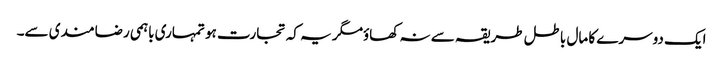
ایک دوسرے کا مال باطل طریقہ سے نہ کھاؤمگر یہ کہ تجارت ہو تمہاری باہمی رضامندی سے۔